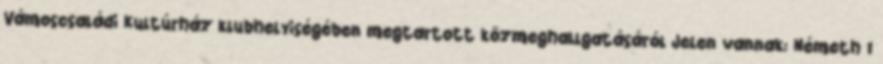
Vámoscsaládi Kultúrház klubhelyiségében megtartott közmeghallgatásáról Jelen vannak: Németh 1